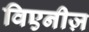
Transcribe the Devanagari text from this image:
विएनीज़